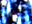
أفواه